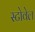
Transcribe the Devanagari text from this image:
स्टोवेल